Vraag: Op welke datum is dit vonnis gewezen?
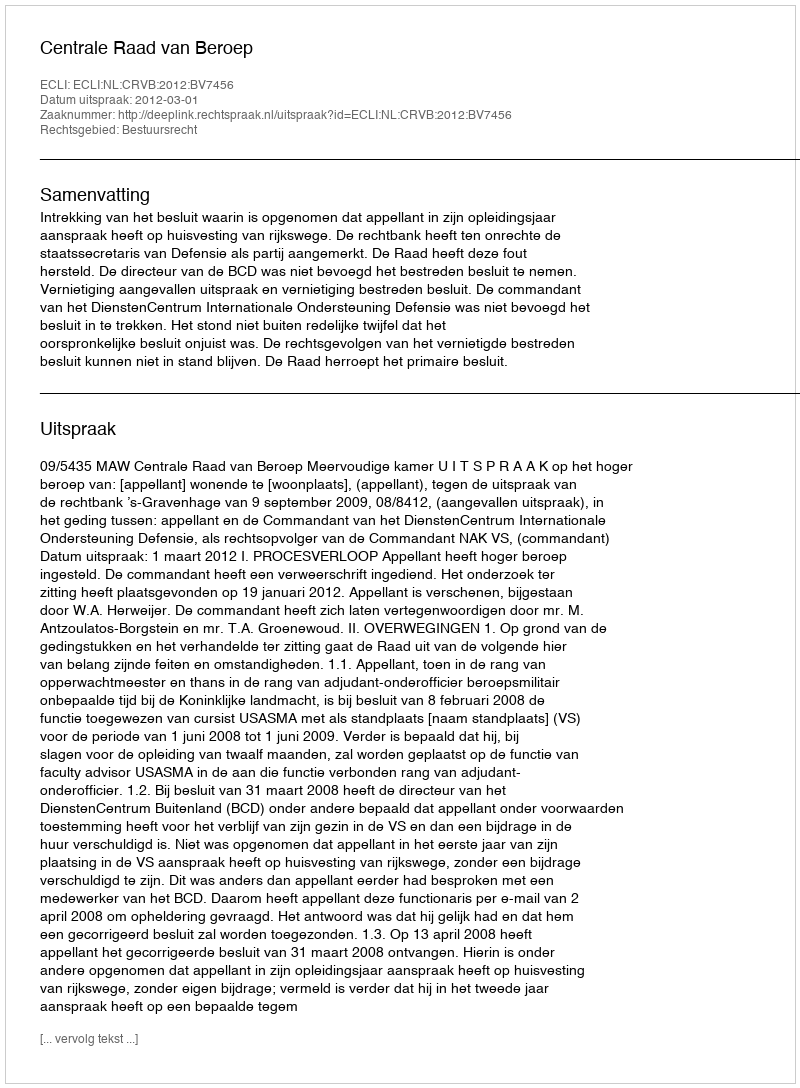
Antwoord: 2012-03-01